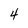
Character: 4